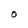
Character: O